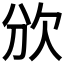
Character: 𣢏